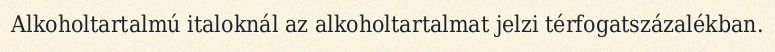
Alkoholtartalmú italoknál az alkoholtartalmat jelzi térfogatszázalékban.